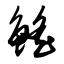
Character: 鳐